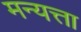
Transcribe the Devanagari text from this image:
मन्यत्ता